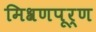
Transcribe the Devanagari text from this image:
मिश्रणपूर्ण